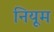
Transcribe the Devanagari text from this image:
नियूम